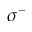
\sigma ^ { - }